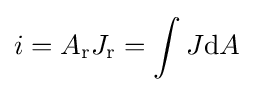
i=A_{\mathrm {r} }J_{\mathrm {r} }=\int J\mathrm {d} A